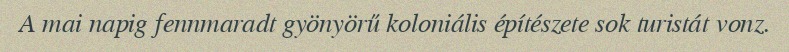
A mai napig fennmaradt gyönyörű koloniális építészete sok turistát vonz.